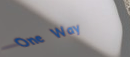
One Way